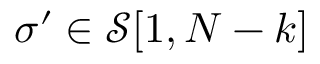
\sigma ^ { \prime } \in \mathcal { S } [ 1 , { N - k } ]